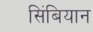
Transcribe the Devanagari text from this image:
सिंबियान